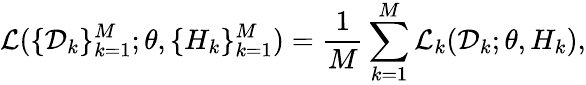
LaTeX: \mathcal{L}(\{ \mathcal{D}_{k}\} _{k=1}^{M};\theta,\{ H_{k}\} _{k=1}^{M})=\frac{1}{M}\sum_{k=1}^{M}\mathcal{L}_{k}(\mathcal{D}_{k};\theta,H_{k}),